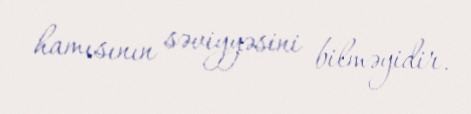
hamısının səviyyəsini bilməyidir.